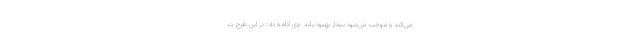
می‌کند و موجب می‌شود بیمار بهبود یابد. وی ادامه داد: در این طرح ت